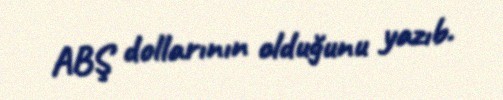
ABŞ dollarının olduğunu yazıb.